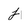
Character: j